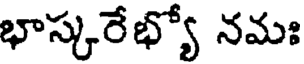
భాస్కరేభ్యో నమః